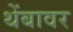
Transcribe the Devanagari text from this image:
थेंबावर